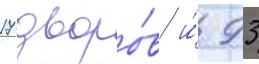
17 дворо́в и́ 93